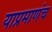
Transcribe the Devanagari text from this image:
याप्रमाणंच